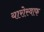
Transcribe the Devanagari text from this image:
यारोस्वाफ